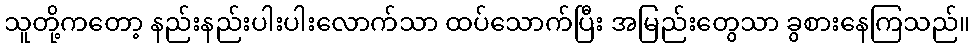
သူတို့ကတော့ နည်းနည်းပါးပါးလောက်သာ ထပ်သောက်ပြီး အမြည်းတွေသာ ခွစားနေကြသည်။